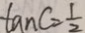
\tan C = \frac { 1 } { 2 }